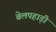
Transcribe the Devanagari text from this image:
बेलपहाड़ी